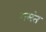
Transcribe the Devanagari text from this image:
गमंत